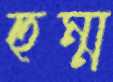
হুম্ম